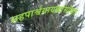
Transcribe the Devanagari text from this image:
सहपार्श्वगायकांसोबत